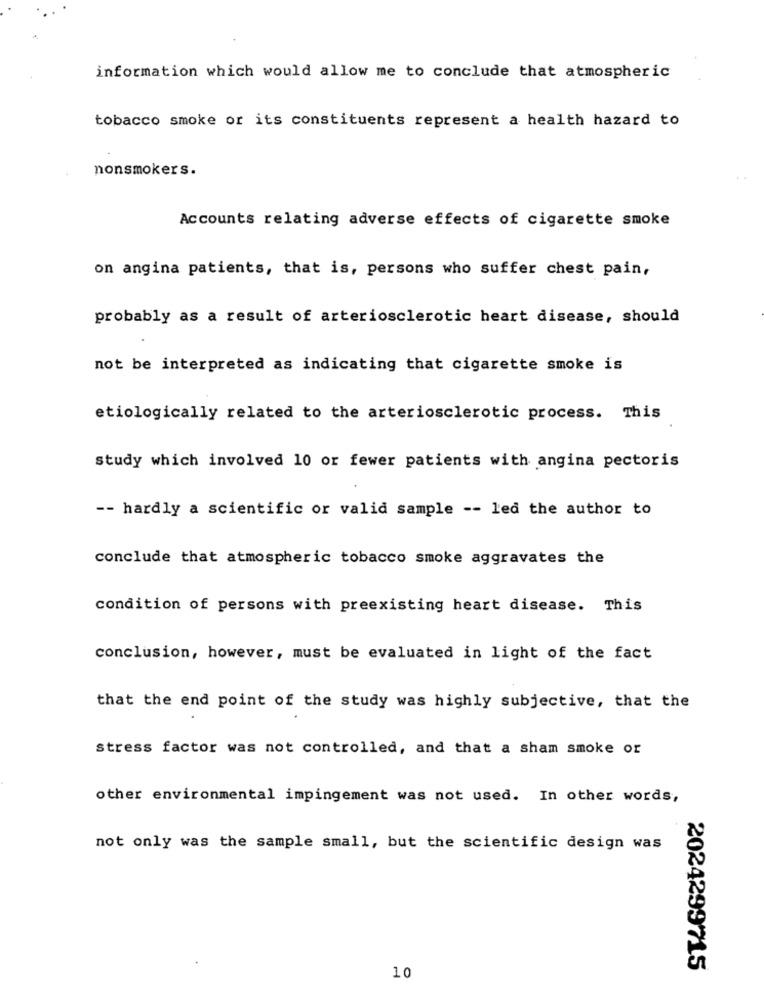
information which would allow me to conclude that atmospheric
tobacco smoke or its constituents represent a health hazard to
nonsmokers.
Accounts relating adverse effects of cigarette smoke
on angina patients, that is, persons who suffer chest pain,
probably as a result of arteriosclerotic heart disease, should
not be interpreted as indicating that cigarette smoke is
etiologically related to the arteriosclerotic process. This
study which involved 10 or fewer patients with angina pectoris
-- hardly a scientific or valid sample -- led the author to
conclude that atmospheric tobacco smoke aggravates the
condition of persons with preexisting heart disease. This
conclusion, however, must be evaluated in light of the fact
that the end point of the study was highly subjective, that the
stress factor was not controlled, and that a sham smoke or
other environmental impingement was not used. In other words,
not only was the sample small, but the scientific design was
2024299715
10